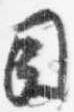
目